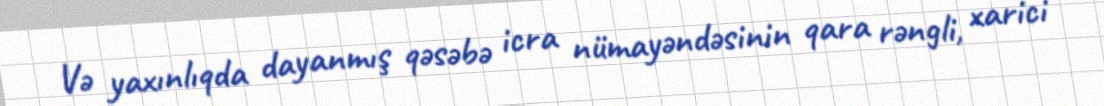
Və yaxınlıqda dayanmış qəsəbə icra nümayəndəsinin qara rəngli, xarici